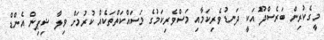
މީގެކުރިން ބަރެސްދޫ އަކީ ދަނޑުވެރިކަމާއި މަސްވެރިކަމުގެ މަސައްކަތްތަކެއް ކުރުމަށް ވިލާ ޝިޕިން އެންޑް